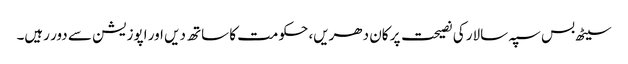
سیٹھ بس سپہ سالار کی نصیحت پر کان دھریں، حکومت کا ساتھ دیں اور اپوزیشن سے دور رہیں۔